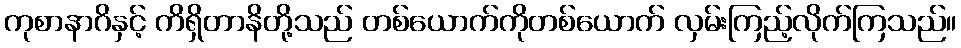
ကုစာနာဂိနှင့် ကိရှိတာနိတို့သည် တစ်ယောက်ကိုတစ်ယောက် လှမ်းကြည့်လိုက်ကြသည်။